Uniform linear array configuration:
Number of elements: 8
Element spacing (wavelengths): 0.5
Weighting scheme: blackman
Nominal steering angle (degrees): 0
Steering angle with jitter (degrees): -1.75
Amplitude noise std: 0.05
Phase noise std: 0.05

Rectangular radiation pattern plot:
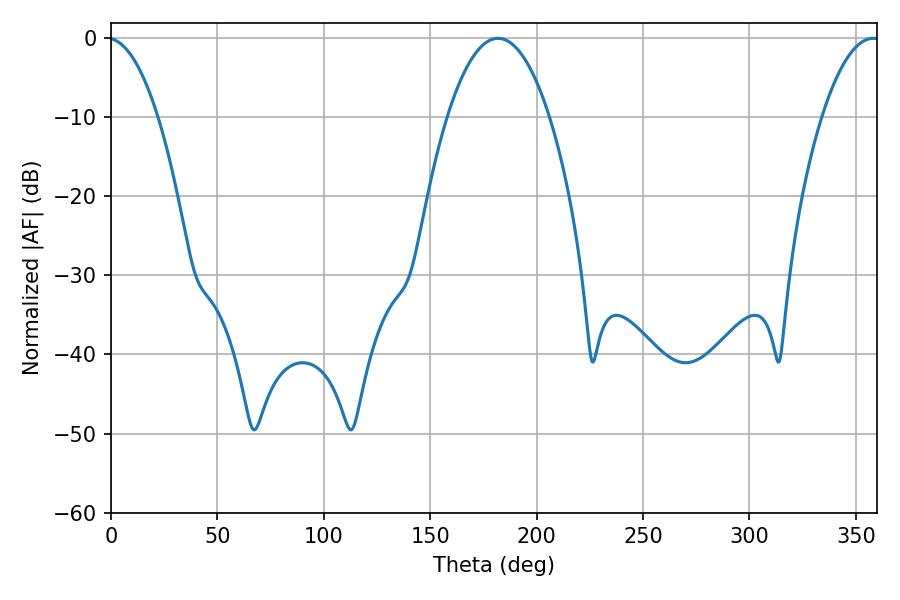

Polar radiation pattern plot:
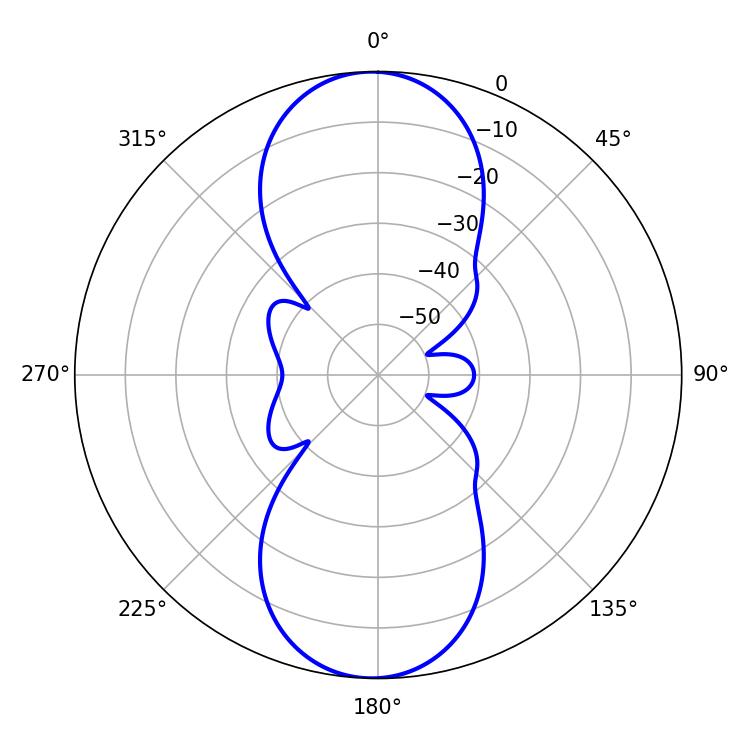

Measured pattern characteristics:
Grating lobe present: FALSE
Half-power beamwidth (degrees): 26.46
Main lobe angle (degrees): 181.8